Indian journal of veterinary science and animal husbandry - Volume 12,
Year: 1942
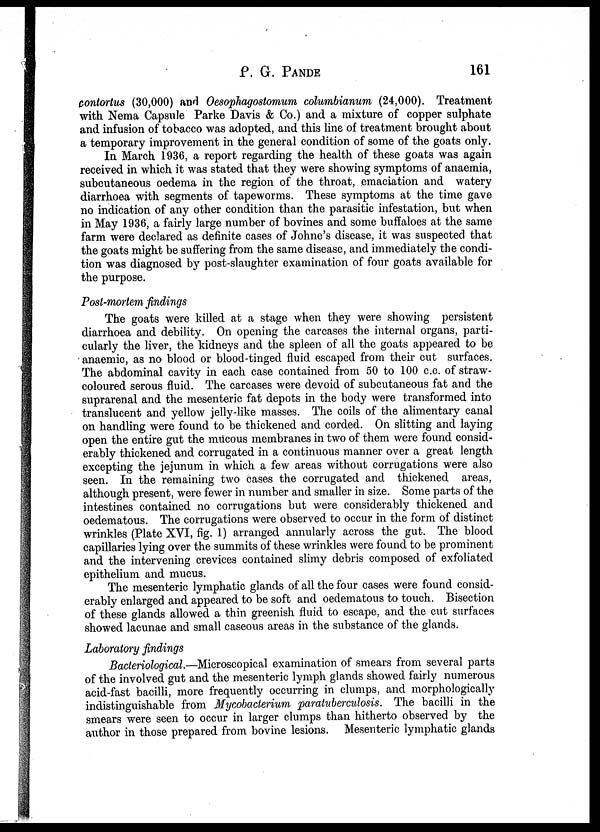
P. G. PANDE 161
contortus (30,000) and Oesophagostomum columbianum (24,000). Treatment
with Nema Capsule Parke Davis & Co.) and a mixture of copper sulphate
and infusion of tobacco was adopted, and this line of treatment brought about
a temporary improvement in the general condition of some of the goats only.
In March 1936, a report regarding the health of these goats was again
received in which it was stated that they were showing symptoms of anaemia,
subcutaneous oedema in the region of the throat, emaciation and watery
diarrhoea with segments of tapeworms. These symptoms at the time gave
no indication of any other condition than the parasitic infestation, but when
in May 1936, a fairly large number of bovines and some buffaloes at the same
farm were declared as definite cases of Johne's disease, it was suspected that
the goats might be suffering from the same disease, and immediately the condi-
tion was diagnosed by post-slaughter examination of four goats available for
the purpose.
Post-mortem findings
The goats were killed at a stage when they were showing persistent
diarrhoea and debility. On opening the carcases the internal organs, parti-
cularly the liver, the kidneys and the spleen of all the goats appeared to be
anaemic, as no blood or blood-tinged fluid escaped from their cut surfaces.
The abdominal cavity in each case contained from 50 to 100 c.c. of straw-
coloured serous fluid. The carcases were devoid of subcutaneous fat and the
suprarenal and the mesenteric fat depots in the body were transformed into
translucent and yellow jelly-like masses. The coils of the alimentary canal
on handling were found to be thickened and corded. On slitting and laying
open the entire gut the mucous membranes in two of them were found consid-
erably thickened and corrugated in a continuous manner over a great length
excepting the jejunum in which a few areas without corrugations were also
seen. In the remaining two cases the corrugated and thickened areas,
although present, were fewer in number and smaller in size. Some parts of the
intestines contained no corrugations but were considerably thickened and
oedematous. The corrugations were observed to occur in the form of distinct
wrinkles (Plate XVI, fig. 1) arranged annularly across the gut. The blood
capillaries lying over the summits of these wrinkles were found to be prominent
and the intervening crevices contained slimy debris composed of exfoliated
epithelium and mucus.
The mesenteric lymphatic glands of all the four cases were found consid-
erably enlarged and appeared to be soft and oedematous to touch. Bisection
of these glands allowed a thin greenish fluid to escape, and the cut surfaces
showed lacunae and small caseous areas in the substance of the glands.
Laboratory findings
Bacteriological.—Microscopical examination of smears from several parts
of the involved gut and the mesenteric lymph glands showed fairly numerous
acid-fast bacilli, more frequently occurring in clumps, and morphologically
indistinguishable from Mycobacterium paratuberculosis. The bacilli in the
smears were seen to occur in larger clumps than hitherto observed by the
author in those prepared from bovine lesions. Mesenteric lymphatic glands